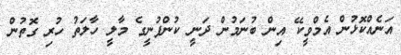
އަނެއްކޮޅުން އެމްވީކޭ އިން ބުނަމުން ދަނީ ކުންފުނީގެ މާލީ ހާލަތު ހުރި ގޮތުން